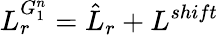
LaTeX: L_{r}^{G_{1}^{n}}=\hat{L}_{r}+L^{shift}